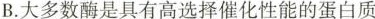
B.大多数酶是具有高选择催化性能的蛋白质